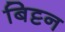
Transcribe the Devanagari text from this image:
बिट्टन